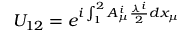
U _ { 1 2 } = e ^ { i \int _ { 1 } ^ { 2 } A _ { \mu } ^ { i } { \frac { \lambda ^ { i } } { 2 } } d x _ { \mu } }